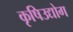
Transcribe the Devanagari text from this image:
कृषिउद्योग